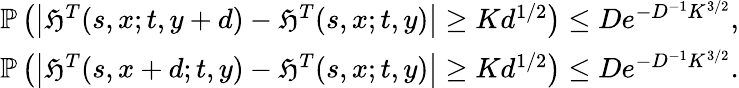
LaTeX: \begin{array}{r}{\mathbb{P}\left(\left|\mathfrak{H}^{T}(s,x;t,y+d)-\mathfrak{H}^{T}(s,x;t,y)\right|\geq Kd^{1/2}\right)\leq De^{-D^{-1}K^{3/2}},}\\ {\mathbb{P}\left(\left|\mathfrak{H}^{T}(s,x+d;t,y)-\mathfrak{H}^{T}(s,x;t,y)\right|\geq Kd^{1/2}\right)\leq De^{-D^{-1}K^{3/2}}.}\end{array}